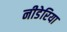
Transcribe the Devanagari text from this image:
नीडेरिया